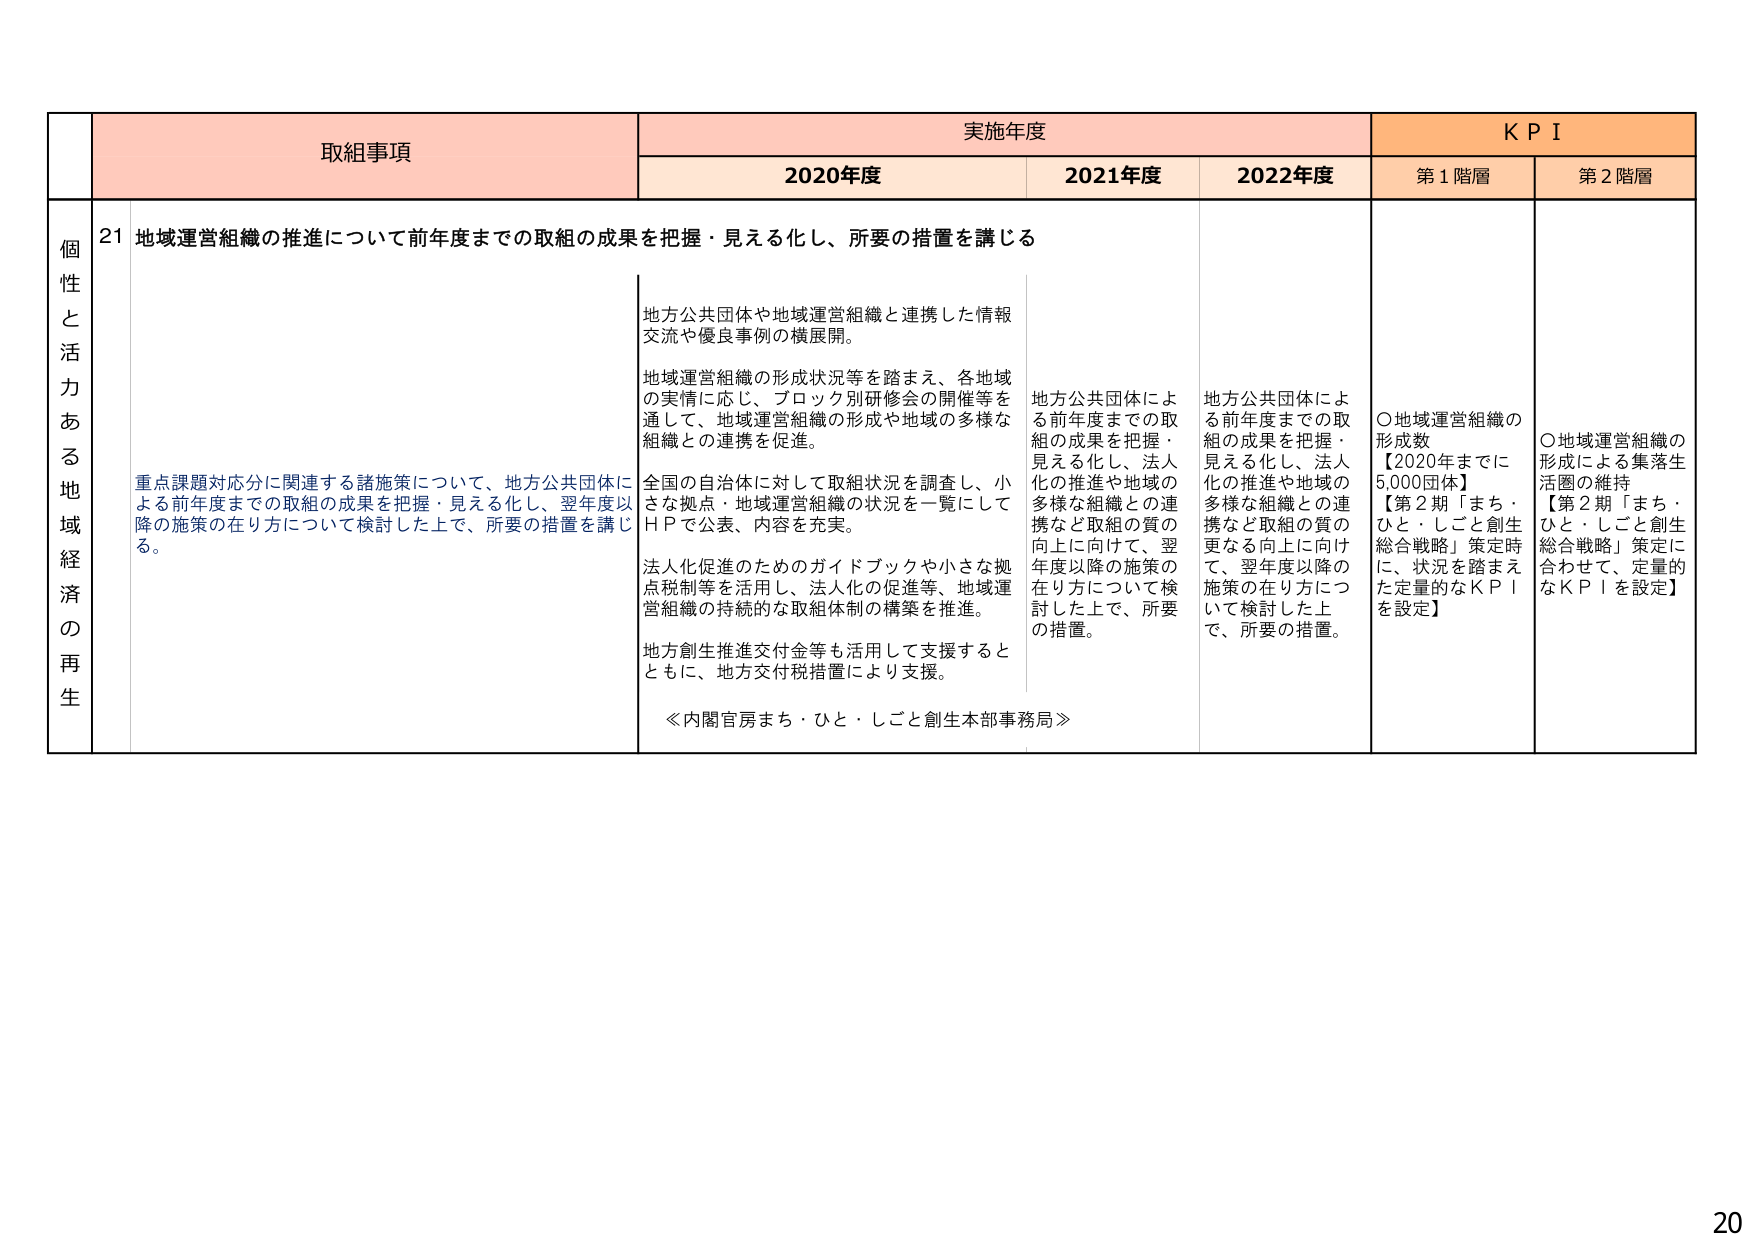
個性と活力ある地域経済の再生

取組事項
実施年度
KPI

2020年度
2021年度
2022年度
第1階層
第2階層

21 地域運営組織の推進について前年度までの取組の成果を把握・見える化し、所要の措置を講じる

重点課題対応分に関連する諸施策について、地方公共団体による前年度までの取組の成果を把握・見える化し、翌年度以降の施策の在り方について検討した上で、所要の措置を講じる。

地方公共団体や地域運営組織と連携した情報交流や優良事例の横展開。

地域運営組織の形成状況等を踏まえ、各地域の実情に応じ、ブロック別研修会の開催等を通じて、地域運営組織の形成や地域の多様な組織との連携を促進。

全国の自治体に対して取組状況を調査し、小さな拠点・地域運営組織の状況を一覧にしてＨＰで公表、内容を充実。

法人化促進のためのガイドブックや小さな拠点税制等を活用し、法人化の促進等、地域運営組織の持続的な取組体制の構築を推進。

地方創生推進交付金等も活用して支援するとともに、地方交付税措置により支援。

≪内閣官房まち・ひと・しごと創生本部事務局≫

地方公共団体による前年度までの取組の成果を把握・見える化し、法人化の推進や地域の多様な組織との連携など取組の質の向上に向けて、翌年度以降の施策の在り方について検討した上で、所要の措置。

地方公共団体による前年度までの取組の成果を把握・見える化し、法人化の推進や地域の多様な組織との連携など取組の質の更なる向上に向けて、翌年度以降の施策の在り方について検討した上で、所要の措置。

〇地域運営組織の形成数
【2020年までに5,000団体】
【第2期「まち・ひと・しごと創生総合戦略」策定時に、状況を踏まえた定量的なKPIを設定】

〇地域運営組織の形成による集落生活圏の維持
【第2期「まち・ひと・しごと創生総合戦略」策定に合わせて、定量的なKPIを設定】

20